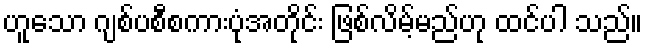
ဟူသော ဂျစ်ပစီစကားပုံအတိုင်း ဖြစ်လိမ့်မည်ဟု ထင်ပါ သည်။